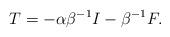
LaTeX: \begin{align*}T = - \alpha \beta^{-1} I - \beta^{-1} F. \end{align*}